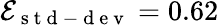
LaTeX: \mathcal{E}_{\mathrm{~s~t~d~-~d~e~v~}}=0.62